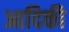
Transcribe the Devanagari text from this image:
आदिकी